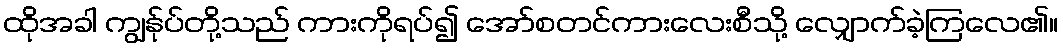
ထိုအခါ ကျွန်ုပ်တို့သည် ကားကိုရပ်၍ အော်စတင်ကားလေးစီသို့ လျှောက်ခဲ့ကြလေ၏။